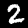
Label: 2